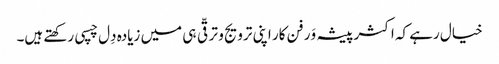
خیال رہے کہ اکثر پیشہ وَر فن کار اپنی ترویج و ترقّی ہی میں زیادہ دِل چسپی رکھتے ہیں۔